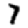
Digit: 7